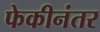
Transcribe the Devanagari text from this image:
फेकीनंतर